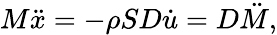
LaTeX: M\ddot{x}=-\rho SD\dot{u}=D\ddot{M},